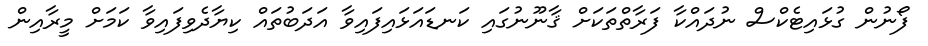
ފޯނުން ގުޅައިޓެކްސް ނުދައްކާ ފަރާތްތަކަށް ޤާނޫނުގައި ކަނޑައަޅައިފައިވާ އަދަބުތައް ކިޔާދެވިފައިވާ ކަމަށް މީރާއިން